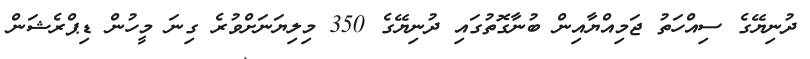
ދުނިޔޭގެ ސިއްހަތު ޖަމިއްޔާއިން ބުނާގޮތުގައި ދުނިޔޭގެ 350 މިލިޔަނަށްވުރެ ގިނަ މީހުން ޑިޕްރެޝަން